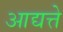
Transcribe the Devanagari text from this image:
आद्यत्ते